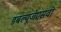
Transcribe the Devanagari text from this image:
डबल्यूजेएसवी